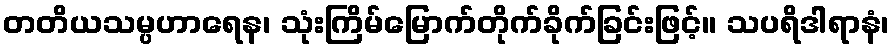
တတိယသမ္ပဟာရေန၊ သုံးကြိမ်မြောက်တိုက်ခိုက်ခြင်းဖြင့်။ သပရိဒါရာနံ၊